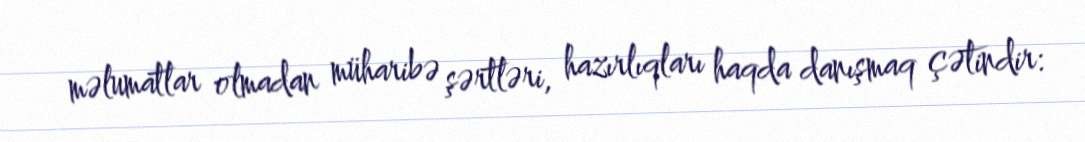
məlumatlar olmadan müharibə şərtləri, hazırlıqları haqda danışmaq çətindir: